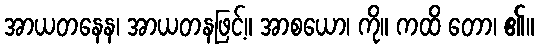
အာယတနေန၊ အာယတနဖြင့်။ အာစယော၊ ကို။ ကထိ တော၊ ၏။